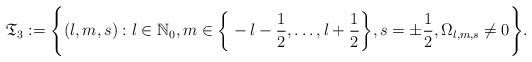
LaTeX: \begin{align*} \mathfrak{T}_{3}:= \Bigg\{(l,m,s): l\in \mathbb{N}_{0}, m\in \bigg\{-l-\frac{1}{2},\ldots,l+ \frac{1}{2}\bigg\},s=\pm\frac{1}{2},\Omega_{l,m,s}\neq 0 \Bigg\} . \end{align*}